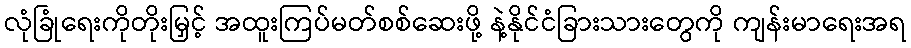
လုံခြုံရေးကိုတိုးမြှင့် အထူးကြပ်မတ်စစ်ဆေးဖို့ နဲ့နိုင်ငံခြားသားတွေကို ကျန်းမာရေးအရ